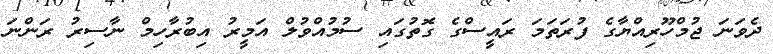
ދެވަނަ ޖުމްހޫރިއްޔާގެ ފުރަތަމަ ރައީސްގެ ގޮތުގައި ސުމުއްވުލް އަމީރު އިބުރާހިމް ނާސިރު ރަންނަ